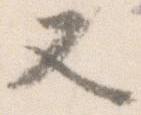
又